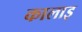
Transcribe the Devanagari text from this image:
कालाइ